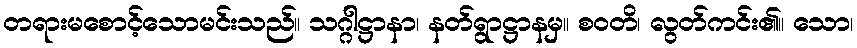
တရားမစောင့်သောမင်းသည်။ သဂ္ဂါဋ္ဌာနာ၊ နတ်ရွာဋ္ဌာနမှ။ စဝတိ၊ လွတ်ကင်း၏။ သော၊